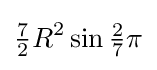
{\tfrac {7}{2}}R^{2}\sin {\tfrac {2}{7}}\pi